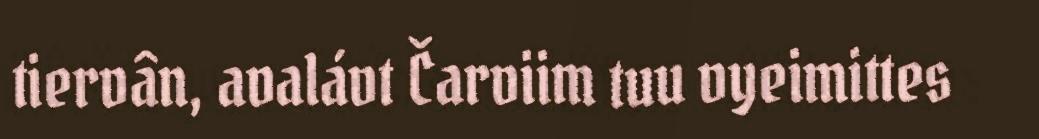
tiervân, avalávt Čarviim tuu vyeimittes